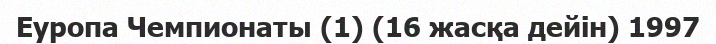
Еуропа Чемпионаты (1) (16 жасқа дейін) 1997